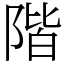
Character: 階